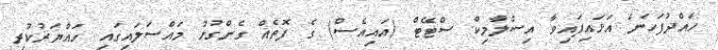
ހައްދުފަހަނަ އަޅައިފައިވާ އިސްލާމިކް ސްޓޭޓް (އައިއެސް) ގެ ފޮތެއް ގެންގުޅު މައްސަލައިގައި ހައްޔަރުކުރި